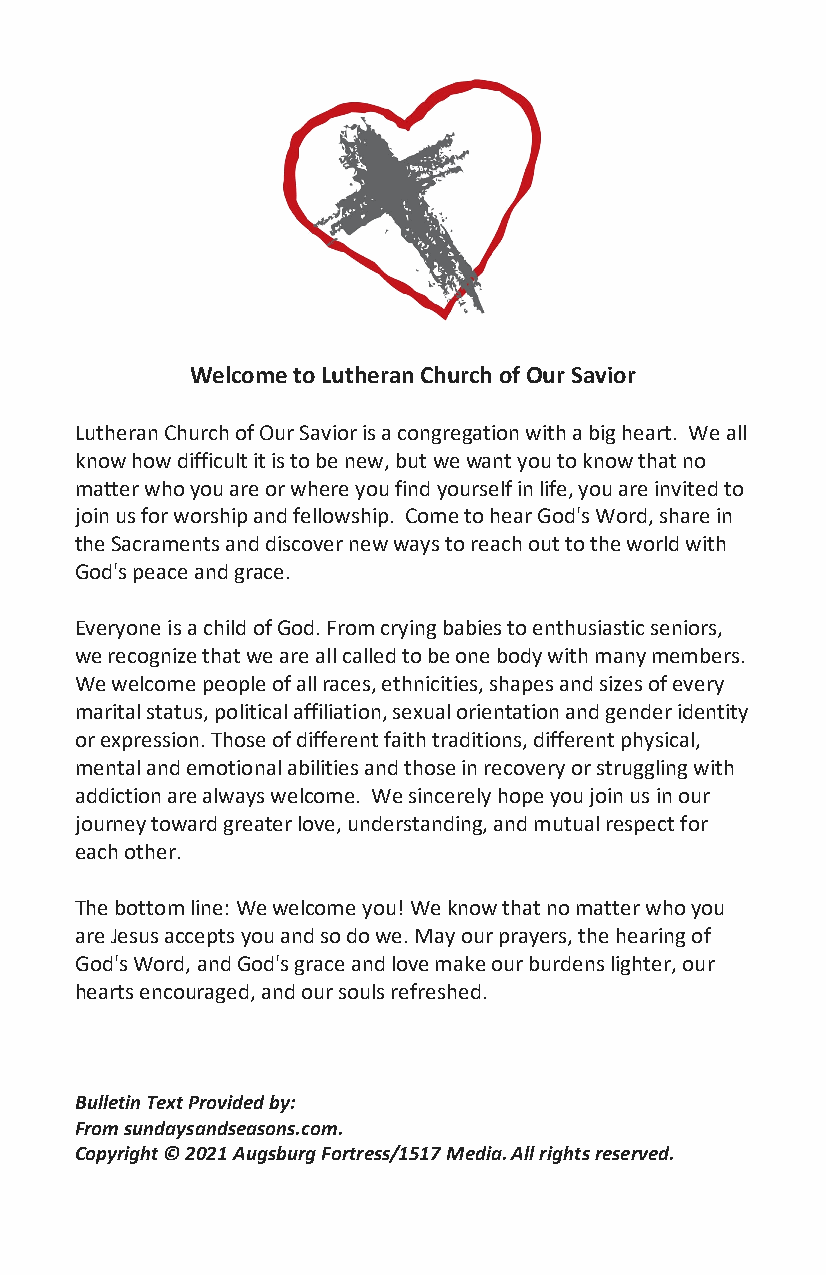
Welcome to Lutheran Church of Our Savior
 Lutheran Church of Our Savior is a congregation with a big heart. We all
 know how difficult it is to be new, but we want you to know that no
 matter who you are or where you find yourself in life, you are invited to
 join us for worship and fellowship. Come to hear God's Word, share in
 the Sacraments and discover new ways to reach out to the world with
 God's peace and grace.
 Everyone is a child of God. From crying babies to enthusiastic seniors,
 we recognize that we are all called to be one body with many members.
 We welcome people of all races, ethnicities, shapes and sizes of every
 marital status, political affiliation, sexual orientation and gender identity
 or expression. Those of different faith traditions, different physical,
 mental and emotional abilities and those in recovery or struggling with
 addiction are always welcome. We sincerely hope you join us in our
 journey toward greater love, understanding, and mutual respect for
 each other.
 The bottom line: We welcome you! We know that no matter who you
 are Jesus accepts you and so do we. May our prayers, the hearing of
 God's Word, and God's grace and love make our burdens lighter, our
 hearts encouraged, and our souls refreshed.
 Bulletin Text Provided by:
 From sundaysandseasons.com.
 Copyright © 2021 Augsburg Fortress/1517 Media. All rights reserved.